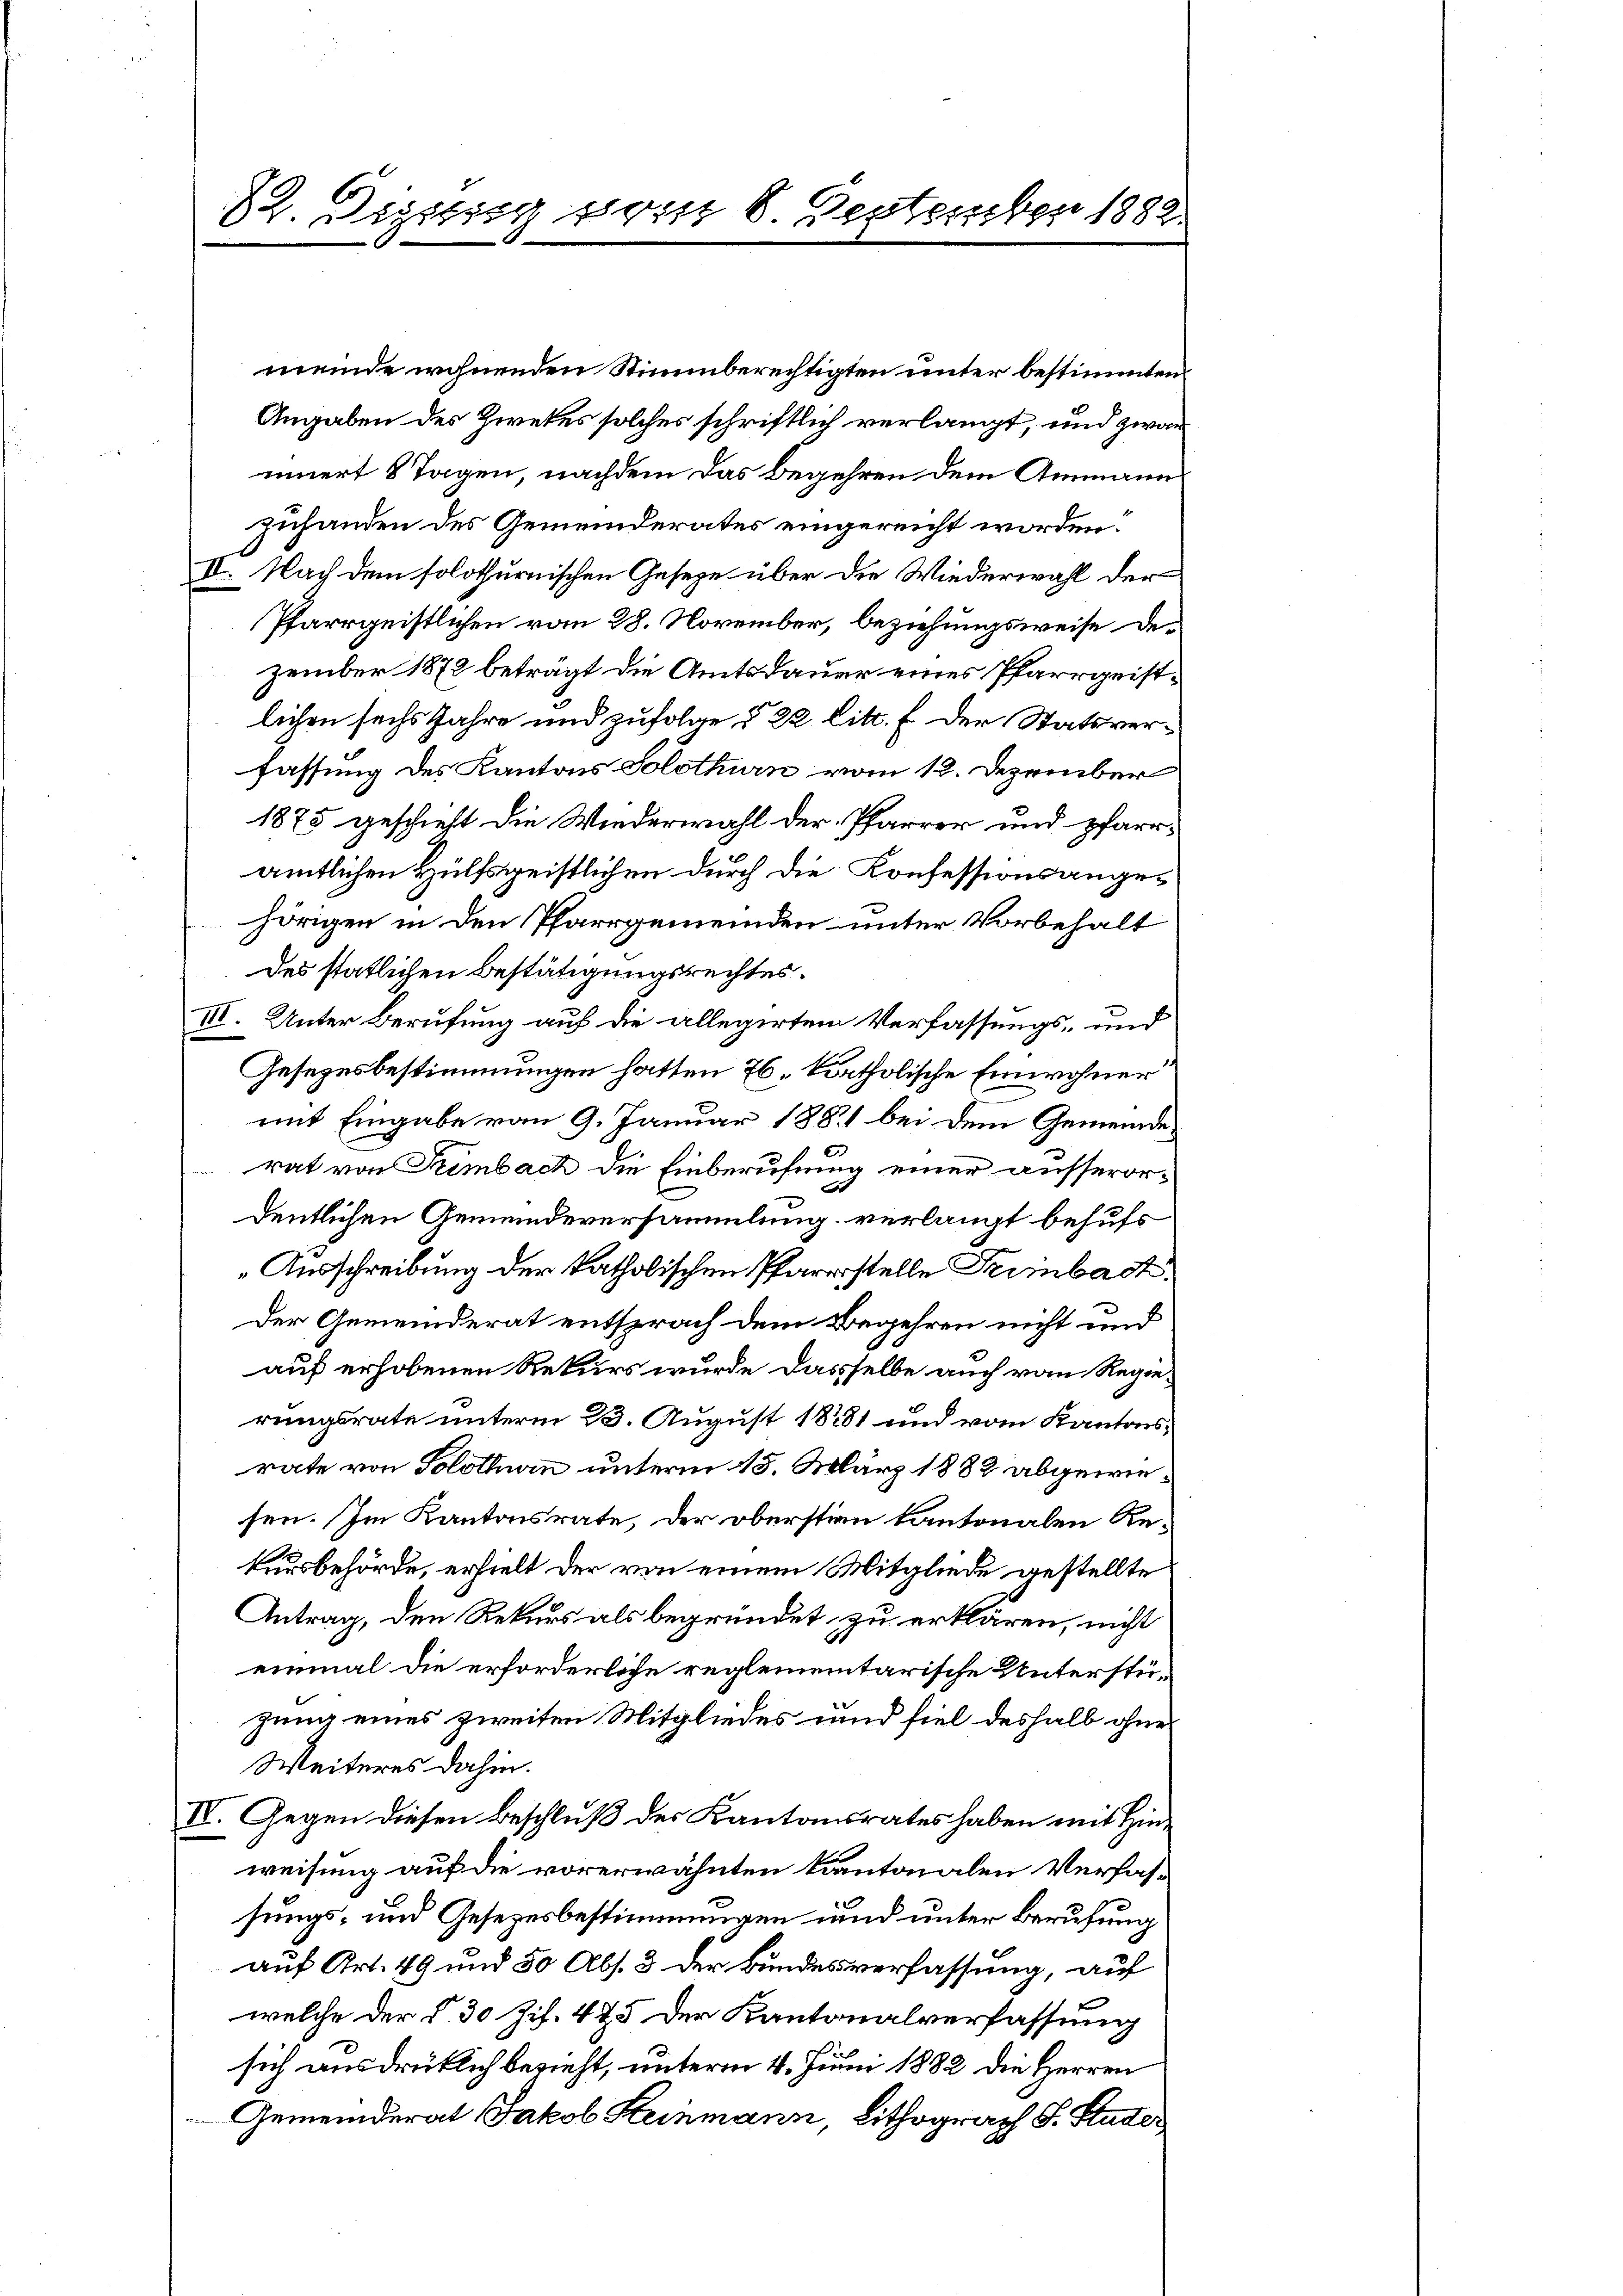
82. Diesig vom 8. Destember 1882.

meinde wohnenden Stimmberechtigten unter bestimmten
Angaben des Zwekes solches schriftlich verlangt, und zwar
innert 8 Tagen, nachdem das Begehren dem Ammann
zuhanden des Gemeinderates eingereicht worden.
II. Nach dem solothurnischen Geseze über die Wiederwahl der
Pfarrgeistlichen vom 28. November, beziehungsweise dezember 1872 beträgt die Amtsdauer eines Pfarrgeistlichen sechs Jahre und zufolge § 22 litt. f der Statsverfassung des Kantons Solothurn vom 12. Dezember
1875 geschieht die Wiederwahl der Pfarrer und pfarramtlichen Hülfsgeistlichen durch die Konfessionsangehörigen in den Pfarrgemeinden unter Vorbehalt
des statlichen Bestätigungsrechtes.
III. Unter Berufung auf die allegirten Verfassungs- und
Gesetzesbestimmungen hatten 76, katholische Einwohner
mit Eingabe vom 9. Januar 1881 bei dem Gemeinderat von Rimbach die Einberufung einer ausserordentlichen Gemeindeversammlung verlangt behufs
Ausschreibung der katholischen Pfarrstelle Trimbach
Der Gemeinderat entsprach dem Begehren nicht und
auf erhobenen Rekurs wurde dasselbe auch vom Regierungsrate unterm 23. August 18281 und vom Kantonsrate von Solothurn unterm 15. März 1888 abgewiesen. Im Kantonsrate, der oberstin Kantonalen Rekursbehörde, erhielt der von einem Mitgliede gestellte
Antrag, den Rekurs als begründet zu erklären, nicht
einmal die erforderliche reglementarische Unterstügung eines zweiten Mitgliedes und fiel deshalb ohne
Weiteres dahin.
IV. Gegen diesen Beschluß des Kantonsrates haben mit Hinweisung auf die vorerwähnten Kantonalen Verfassungs- und Gesetzesbestimmungen und unter Berufung
auf Art. 49 und 50 Abs. 3 der Bundesverfassung, auf
welche der §. 30 Zif. 425 der Kantonalverfassung
sich ausdrücklich bezieht, unterm 4. Juni 1882 die Herren
Gemeinderat Jakob Kleinmann, Lithograph S. Suter